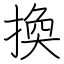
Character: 換